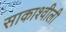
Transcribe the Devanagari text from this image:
साकाश्वीली